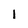
Character: i